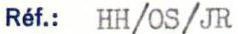
Réf.: HH/OS/JR